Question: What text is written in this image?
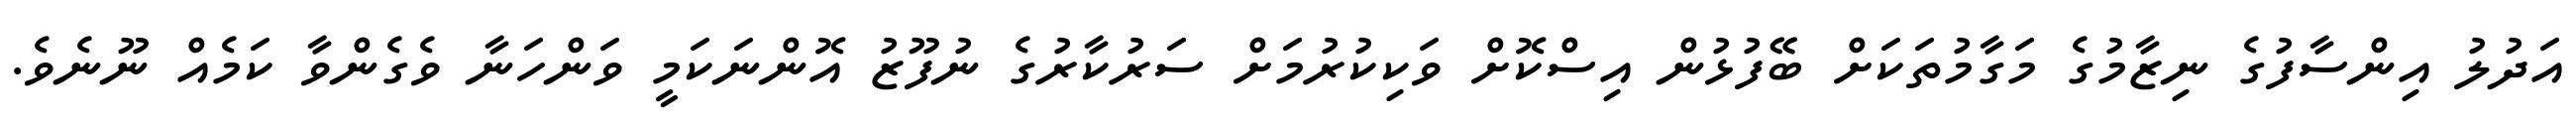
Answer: އަދުލު އިންސާފުގެ ނިޒާމުގެ މަގާމުތަކަށް ބޭފުޅުން އިސްކޮށް ވަކިކުރުމަށް ސަރުކާރުގެ ނުފޫޒު އޮންނަކަމީ ވަންހަނާ ވެގެންވާ ކަމެއް ނޫނެވެ.